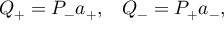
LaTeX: Q _ { + } = P _ { - } a _ { + } , \; \; \; Q _ { - } = P _ { + } a _ { - } ,